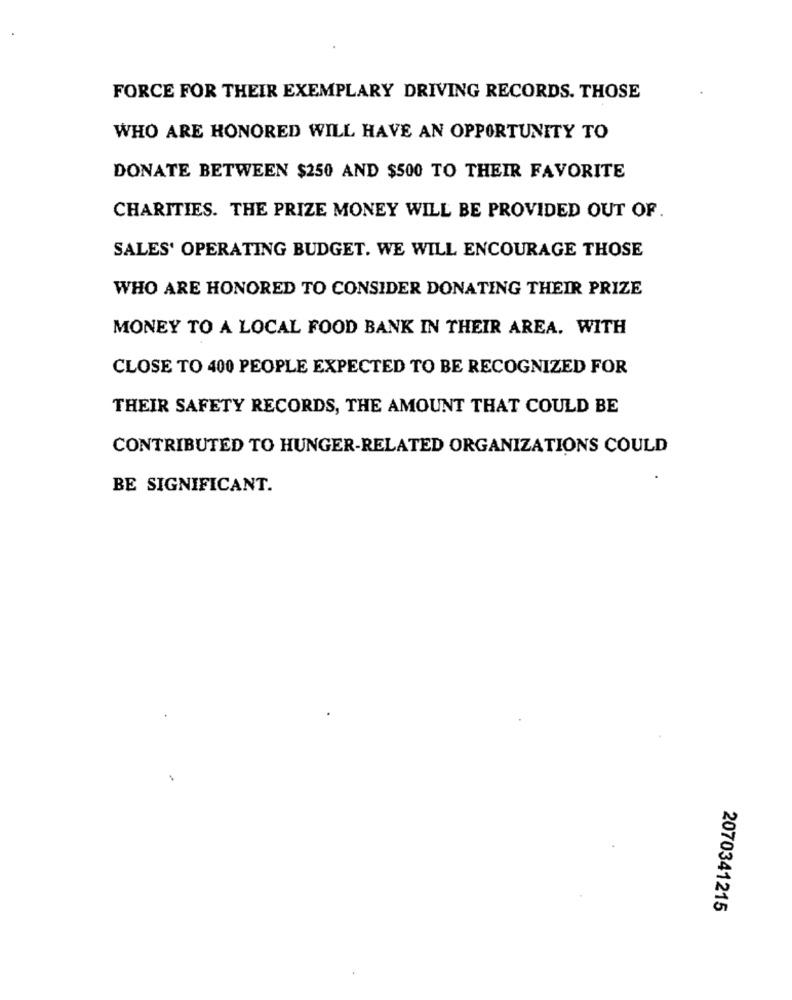
FORCE FOR THEIR EXEMPLARY DRIVING RECORDS. THOSE
WHO ARE HONORED WILL HAVE AN OPPORTUNITY TO
DONATE BETWEEN $250 AND $500 TO THEIR FAVORITE
CHARITIES. THE PRIZE MONEY WILL BE PROVIDED OUT OF.
SALES' OPERATING BUDGET. WE WILL ENCOURAGE THOSE
WHO ARE HONORED TO CONSIDER DONATING THEIR PRIZE
MONEY TO A LOCAL FOOD BANK IN THEIR AREA. WITH
CLOSE TO 400 PEOPLE EXPECTED TO BE RECOGNIZED FOR
THEIR SAFETY RECORDS, THE AMOUNT THAT COULD BE
CONTRIBUTED TO HUNGER-RELATED ORGANIZATIONS COULD
BE SIGNIFICANT.
2070341215